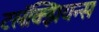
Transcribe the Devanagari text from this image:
टलॅक्झियन्स